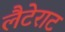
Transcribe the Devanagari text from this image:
लैटेराट